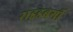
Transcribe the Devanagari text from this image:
राइडबर्गी